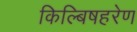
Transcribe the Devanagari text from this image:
किल्बिषहरेण